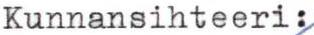
Kunnansihteeri: